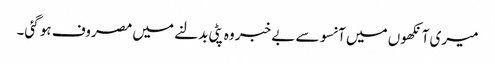
میری آنکھوں میں آنسو سے بے خبر وہ پٹی بدلنے میں مصروف ہو گئی۔